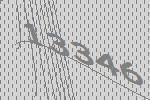
13346